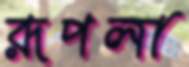
রূপলা